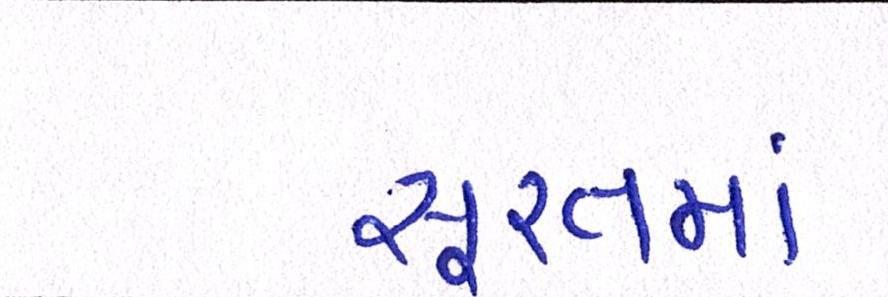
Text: સૂરતમાં